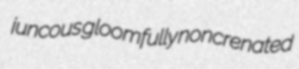
juncous gloomfully noncrenated